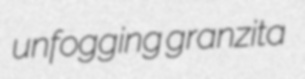
unfogging granzita